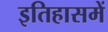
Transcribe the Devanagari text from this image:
इतिहासमें